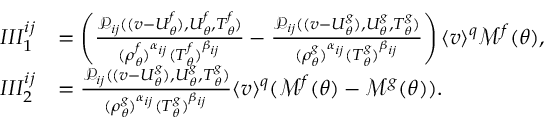
\begin{array} { r l } { I I I _ { 1 } ^ { i j } } & { = \left( \frac { \mathcal { P } _ { i j } ( ( v - U _ { \theta } ^ { f } ) , U _ { \theta } ^ { f } , T _ { \theta } ^ { f } ) } { ( \rho _ { \theta } ^ { f } ) ^ { \alpha _ { i j } } ( T _ { \theta } ^ { f } ) ^ { \beta _ { i j } } } - \frac { \mathcal { P } _ { i j } ( ( v - U _ { \theta } ^ { g } ) , U _ { \theta } ^ { g } , T _ { \theta } ^ { g } ) } { ( \rho _ { \theta } ^ { g } ) ^ { \alpha _ { i j } } ( T _ { \theta } ^ { g } ) ^ { \beta _ { i j } } } \right) \langle v \rangle ^ { q } \mathcal { M } ^ { f } ( \theta ) , } \\ { I I I _ { 2 } ^ { i j } } & { = \frac { \mathcal { P } _ { i j } ( ( v - U _ { \theta } ^ { g } ) , U _ { \theta } ^ { g } , T _ { \theta } ^ { g } ) } { ( \rho _ { \theta } ^ { g } ) ^ { \alpha _ { i j } } ( T _ { \theta } ^ { g } ) ^ { \beta _ { i j } } } \langle v \rangle ^ { q } ( \mathcal { M } ^ { f } ( \theta ) - \mathcal { M } ^ { g } ( \theta ) ) . } \end{array}